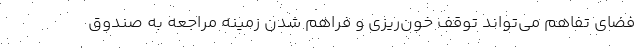
فضای تفاهم می‌تواند توقف خون‌ریزی و فراهم شدن زمینه مراجعه به صندوق